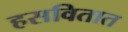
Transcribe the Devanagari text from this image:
हसवितात